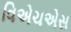
વિએચએસ